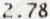
2.78